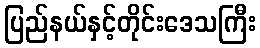
ပြည်နယ်နှင့်တိုင်းဒေသကြီး